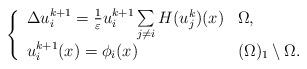
LaTeX: \begin{align*} \left \{ \begin{array}{lllll} \Delta u_{i}^{k+1}= \frac{ 1 }{\varepsilon} u_{i}^{k+1} \sum\limits_{j \neq i} H( u_{j}^{k} ) (x) & \Omega,\\ u_{i}^{k+1}(x) =\phi_{i}(x) & (\Omega)_1\setminus\Omega.\\ \end{array} \right. \end{align*}